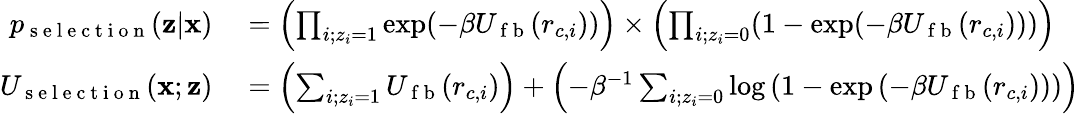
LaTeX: \begin{array}{rl}{p_{\mathrm{~s~e~l~e~c~t~i~o~n~}}(\mathbf{z}|\mathbf{x})}&{{}=\left(\prod_{i;z_{i}=1}\exp(-\beta U_{\mathrm{~f~b~}}(r_{c,i}))\right)\times\left(\prod_{i;z_{i}=0}(1-\exp(-\beta U_{\mathrm{~f~b~}}(r_{c,i})))\right)}\\ {U_{\mathrm{~s~e~l~e~c~t~i~o~n~}}(\mathbf{x};\mathbf{z})}&{{}=\left(\sum_{i;z_{i}=1}U_{\mathrm{~f~b~}}(r_{c,i})\right)+\left(-\beta^{-1}\sum_{i;z_{i}=0}\log\left(1-\exp\left(-\beta U_{\mathrm{~f~b~}}(r_{c,i})\right)\right)\right)}\end{array}